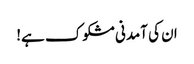
ان کی آمدنی مشکوک ہے!